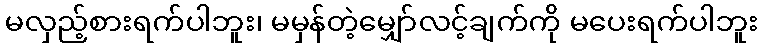
မလှည့်စားရက်ပါဘူး၊ မမှန်တဲ့မျှော်လင့်ချက်ကို မပေးရက်ပါဘူး